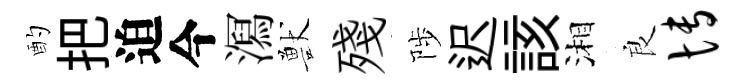
酌把迫今㵼獸殘陟迟該湘良博